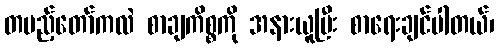
တပည့်တော်ကလဲ စာချကိစ္စကို အနားယူပြီး စာရေးချင်ပါတယ်၊